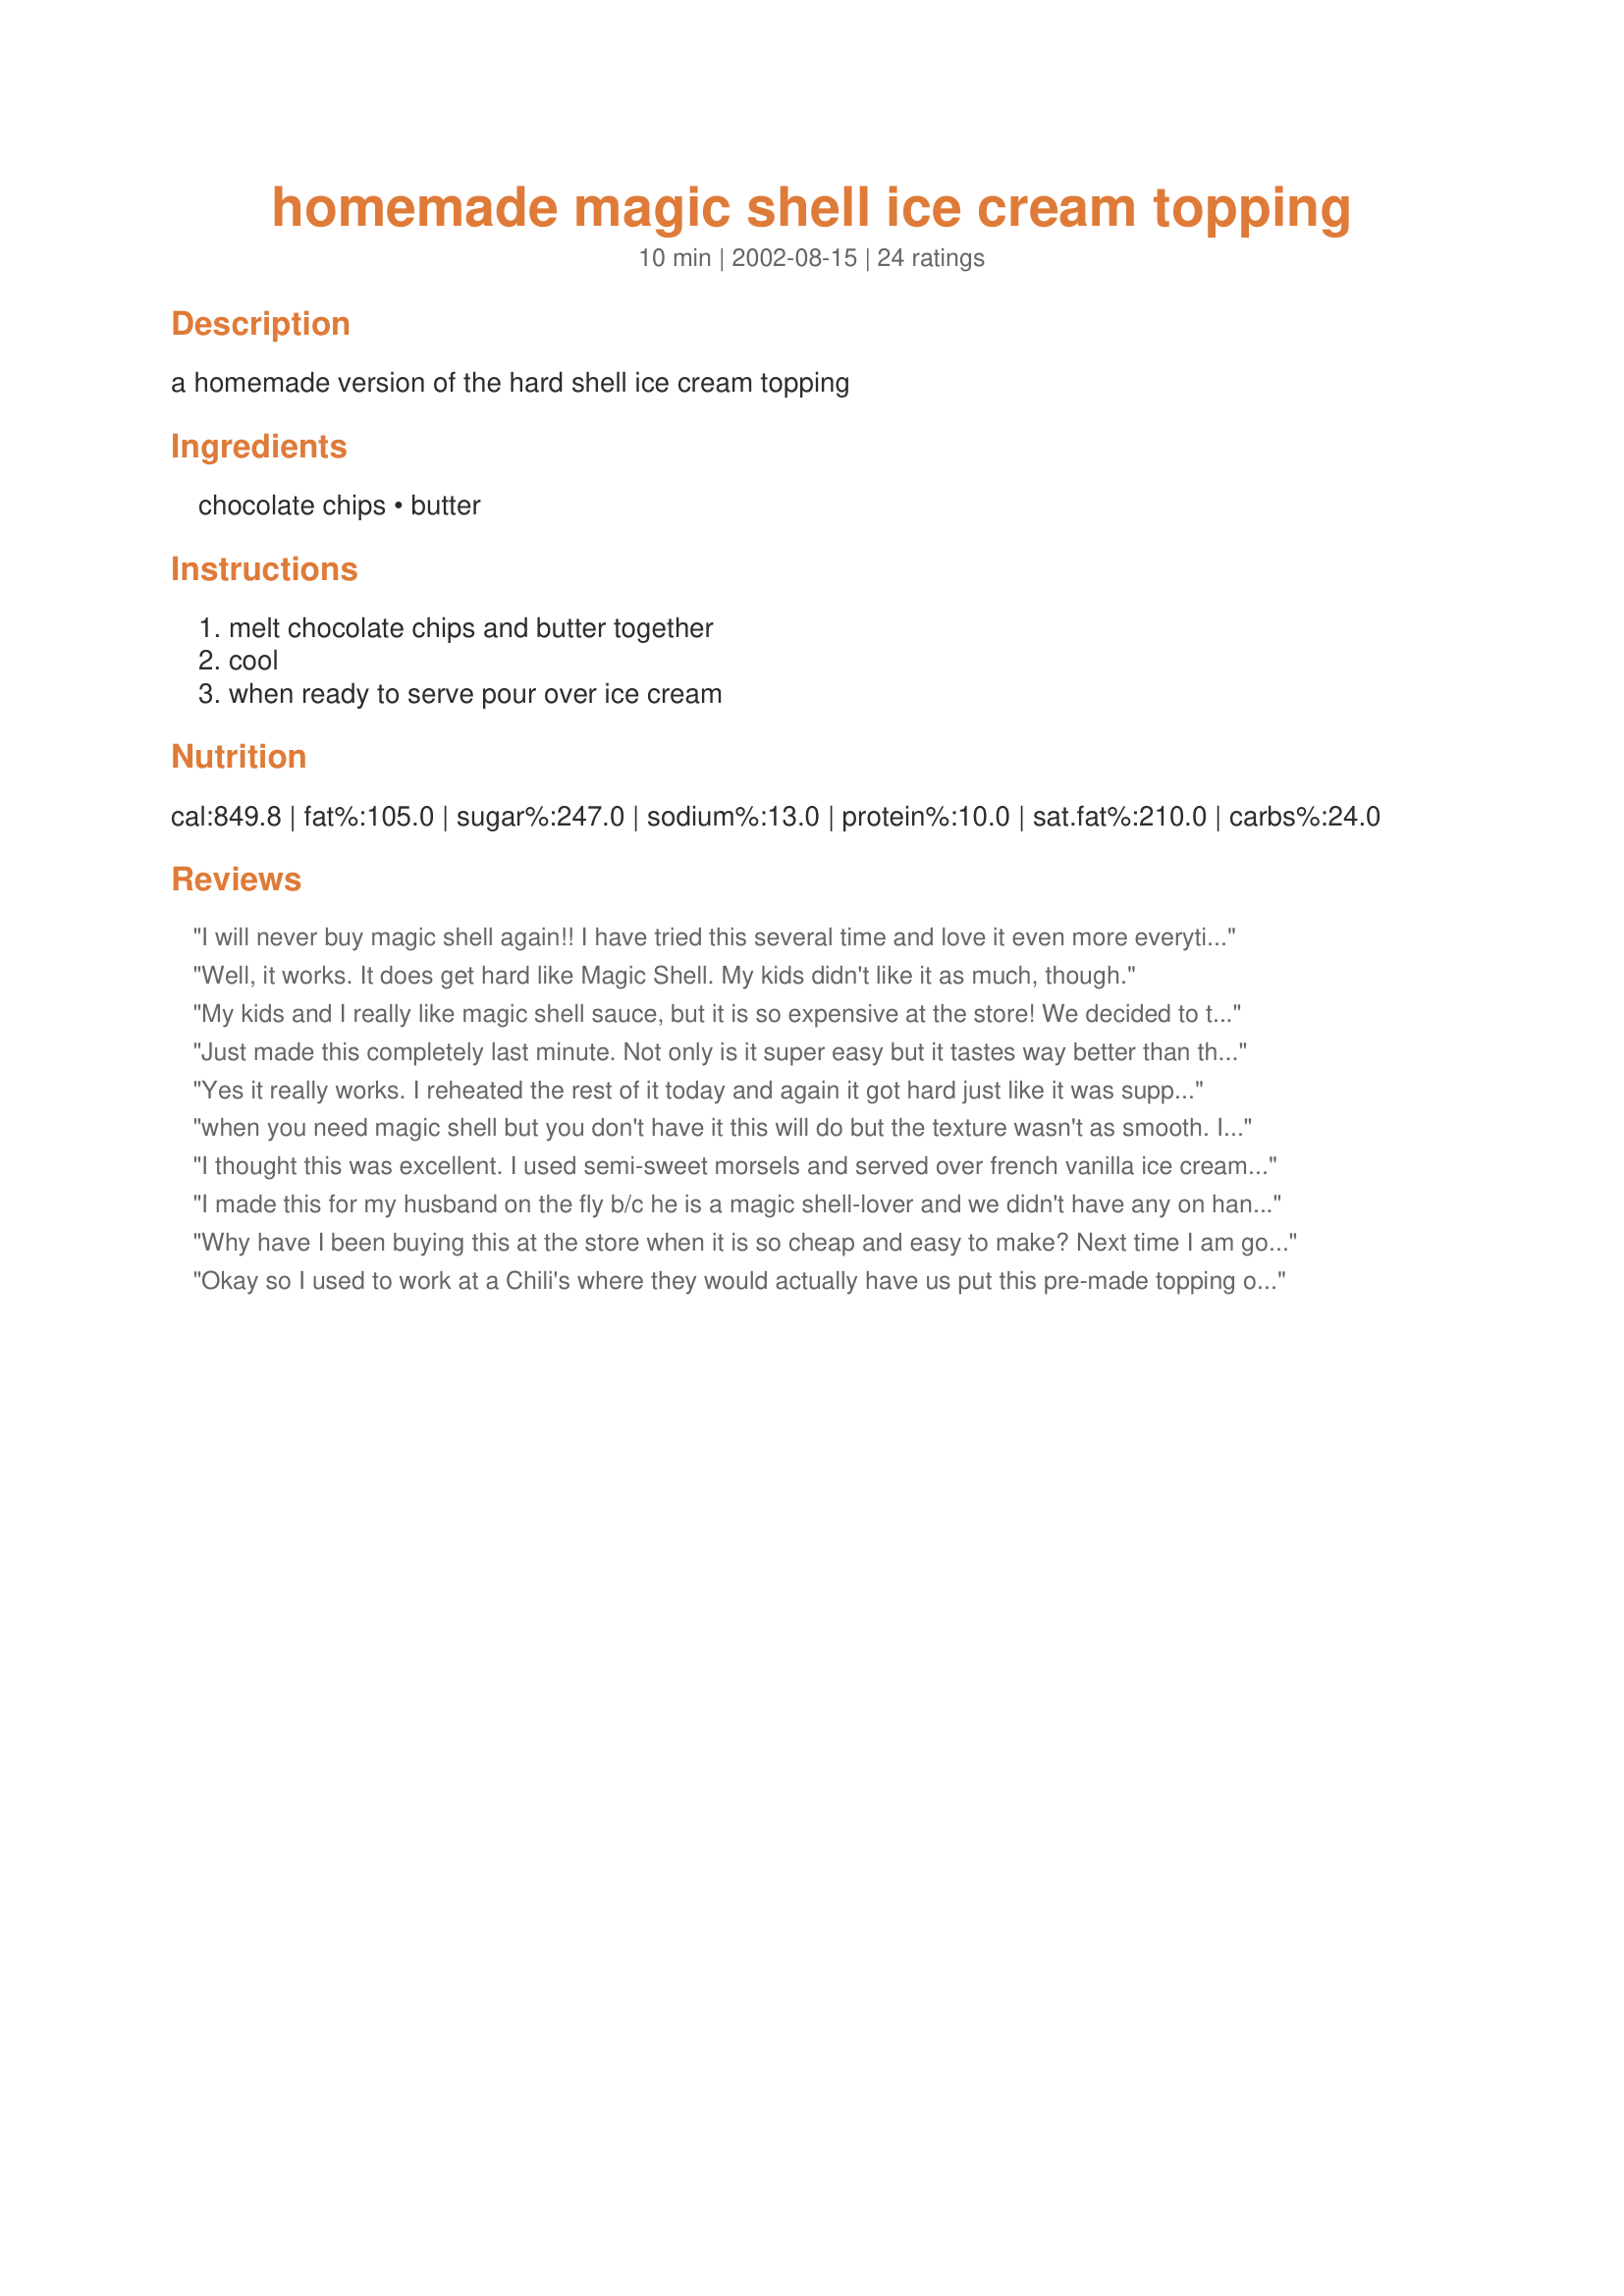
homemade magic shell ice cream topping
Preparation time: 10 minutes

a homemade version of the hard shell ice cream topping

Ingredients:
chocolate chips, butter

Steps:
melt chocolate chips and butter together, cool, when ready to serve pour over ice cream

Reviews:
I will never buy magic shell again!! I have tried this several time and love it even more everytime I make it. My first suggestion is if you melt this in the microwave don't have it on full power. I put mine in on 50% power and mix after 1 minute. Put back in for 1 more minute and stir again. Then if it's not completely melted I watch it very carefully. My second suggestion is if you want a chocolate topping to use Milk Chocolate Chips! Still I have used Milk Chocolate and Semi-Sweet, both are very delicious!! Thanks for posting this recipe.
Well, it works. It does get hard like Magic Shell. My kids didn't like it as much, though.
My kids and I really like magic shell sauce, but it is so expensive at the store! We decided to try this one since it had just a couple ingredients. Delicious! We did one little twist to it and added 1/4 teaspoon peppermint extract. Yum! Thanks for posting!
Just made this completely last minute. Not only is it super easy but it tastes way better than the stuff they sell in stores! (no vegetable oils or super hydrogenated coconut oils).
Yes it really works. I reheated the rest of it today and again it got hard just like it was suppose to. This is so fast and easy to make, thank you for posting. Made for 2012 Zaar Cookbook Tag game.
when you need magic shell but you don't have it this will do but the texture wasn't as smooth. I wonder if I needed to melt it more. We used the microwave and filled a pyrex measuring cup up to 2/3 and added the butter in the cup and melted it and mixed for 30 second intervals.
I thought this was excellent. I used semi-sweet morsels and served over french vanilla ice cream. I just love magic shell. Have to try this with butterscotch chips next! Thanks Princess Buttercup!
I made this for my husband on the fly b/c he is a magic shell-lover and we didn't have any on hand for his ice cream. He likes it even better than the original! Thanks for sharing--it's so easy and very tasty. To make it, I put semi-sweet chocolate chips in a bowl with the chopped butter and zapped it in the microwave on full power for 40 seconds, stirred, and zapped for another 20 seconds and stirred again. That was enough to get it completely melted and smooth.
Why have I been buying this at the store when it is so cheap and easy to make? Next time I am going to try it with dark chocolate. Thanks for sharing.
Okay so I used to work at a Chili's where they would actually have us put this pre-made topping on the ice-cream. So a tip is that the consistency should be a bit thinner than you might expect. It should be about a liquid consistency. Then the next very important thing to know is that the mixture has to be HOT when put on the ice-cream. The temperature change is what makes it harden. This absolutely worked for me. I didn't have 4 oz of chocolate chips only 2 so I decreased the recipe by half. I only used 1.5 tbsps of butter and microwaved the chocolate at the same time as the butter. i microwave in 15 second intervals to keep the chocolate from burning, and then use a fork and whip, whip, whip. These are my detailed tips because the recipe is SO easy. But I like to know EVERYTHING. lol.
This was very good...almost made myself sick. =) Will definitely make again.
This really works!!!!! I will be making this will all kinds of chocolates- Reese's chips, Andes mints, Dark chili chocolate, ... and the list goes on!!!
I only wish I'd found this sooner! We LOVE Magic Shell but it's so incredibly expensive. This worked out great - I used mini chocolate chips (that's what I had) and melted it in the microwave until slightly chunky, then added the butter, microwaved and mixed until smooth. My only issue is that this seems to make WAY more than two servings, for our tastes anyway. I have leftovers that I refrigerated and I'm hoping I can reheat them and they will be just as good!
This did not work for me. It did not get hard. It was very thick. Thicker than a hot fudge. I tried a different and healthier recipe using coconut oil and it worked wonderfully and tasted awesome!
My family loves Magic Shell but I don't get it often, but as easy as this is I will from now on. I used a combo of milk chocolate and semi sweet, and it turned out perfect. Served over homemade french vanilla ice cream. Tastes even better than the real thing, I also made it in the microwave for ease.
When I first made this, the chocolate sauce seperated, and was chunky, not at all like magic shell. I put in on Ice Cream and it transformed! It was very delicious, I'm never buying the store stuff again! Thank you so much!
I'm not going to let my obvious difference of taste affect your good rating on your recipe! :)
The recipe DOES harden up like Magic Shell , but there's just too much of a buttery taste for me. And by the reviews so far, I'm definitely in the minority , so just comments from me!! :)
I LOVE this and so do my kids. It is sooo easy to make and keeps in the refrigerator very well. Thanks for this easy treat!
I won't rate this recipe b/c I didn't try it as described, but I *did* try it with the butterscotch chips...I thought I'd give it a whirl as my DH doesn't like chocolate (yes - gasp!) It wasn't successful - it got grainy & lumpy as soon as it started to cool. I think the problem is that the butterscotch chips don't have the same cream-based ingredients. *sigh* It was still tasty, but not like Magic Shell! I thought I'd post in case anyone else was considering trying this with butterscotch chips.
This is so good!! With it being so simple to make, there is no need to every buy the bottled version again! It does become solid again at room temperature so you do have to reheat to use but the flavor makes up for that. Thanks BUNCHES for sharing this recipe!
Thanks so much for posting this recipe! I found it by mistake and have been making it every oppurtunity possible. Tastes just like the stuff you buy at the store - only MUCH cheaper! Thanks again!!
I just had a dish of icecream with this topping. WOW what a nice treat!!
Can't wait to share this delicious recipe with my son :D Very quick to make and will be making this often :D
This is so easy to do. I melted the chocolate in the microwave with the butter. My son loved it. I will be doing this recipe often. Thanks princess buttercup :) Made for I recommend tag game
This is a great and easy recipe for my kids and I to make. Thanks for the yummy treat!!
